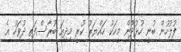
ފުލުހުން ބުނީ ހުޅުދޫން މީހަކު ހައްޔަރު ކުރީ މިދިއަ ބުރާސްފަތި ދުވަހު އެ